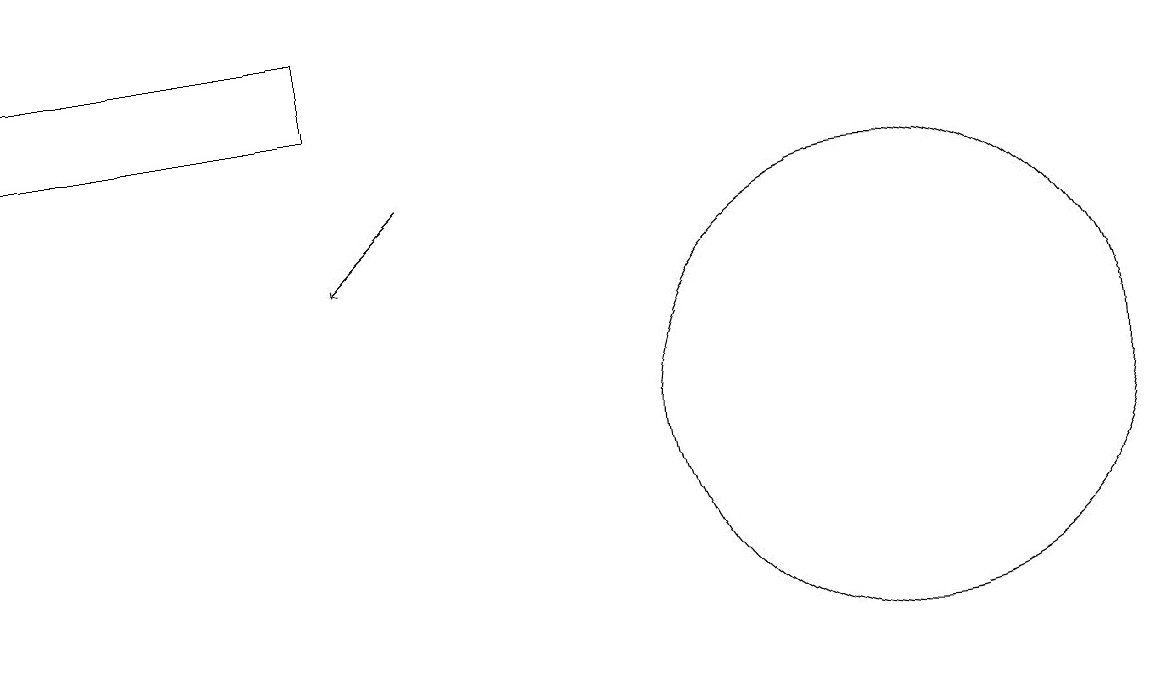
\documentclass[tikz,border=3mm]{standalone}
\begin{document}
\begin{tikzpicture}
\draw (11,10) circle (3);
\draw (11,11) circle (0);
\draw (4,15) rectangle (0,14);
\draw[->] (5,13) -- (4,12);
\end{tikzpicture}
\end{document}